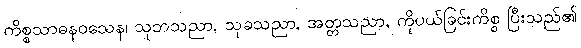
ကိစ္စသာဓနဝသေန၊ သုဘသညာ, သုခသညာ, အတ္တသညာ, ကိုပယ်ခြင်းကိစ္စ ပြီးသည်၏